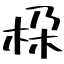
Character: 桗